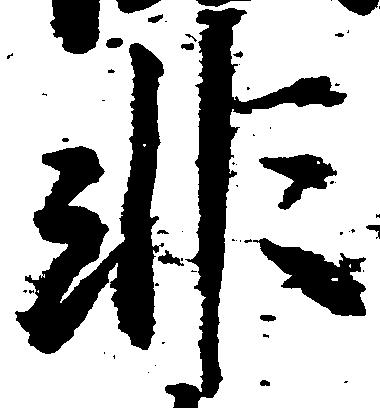
非